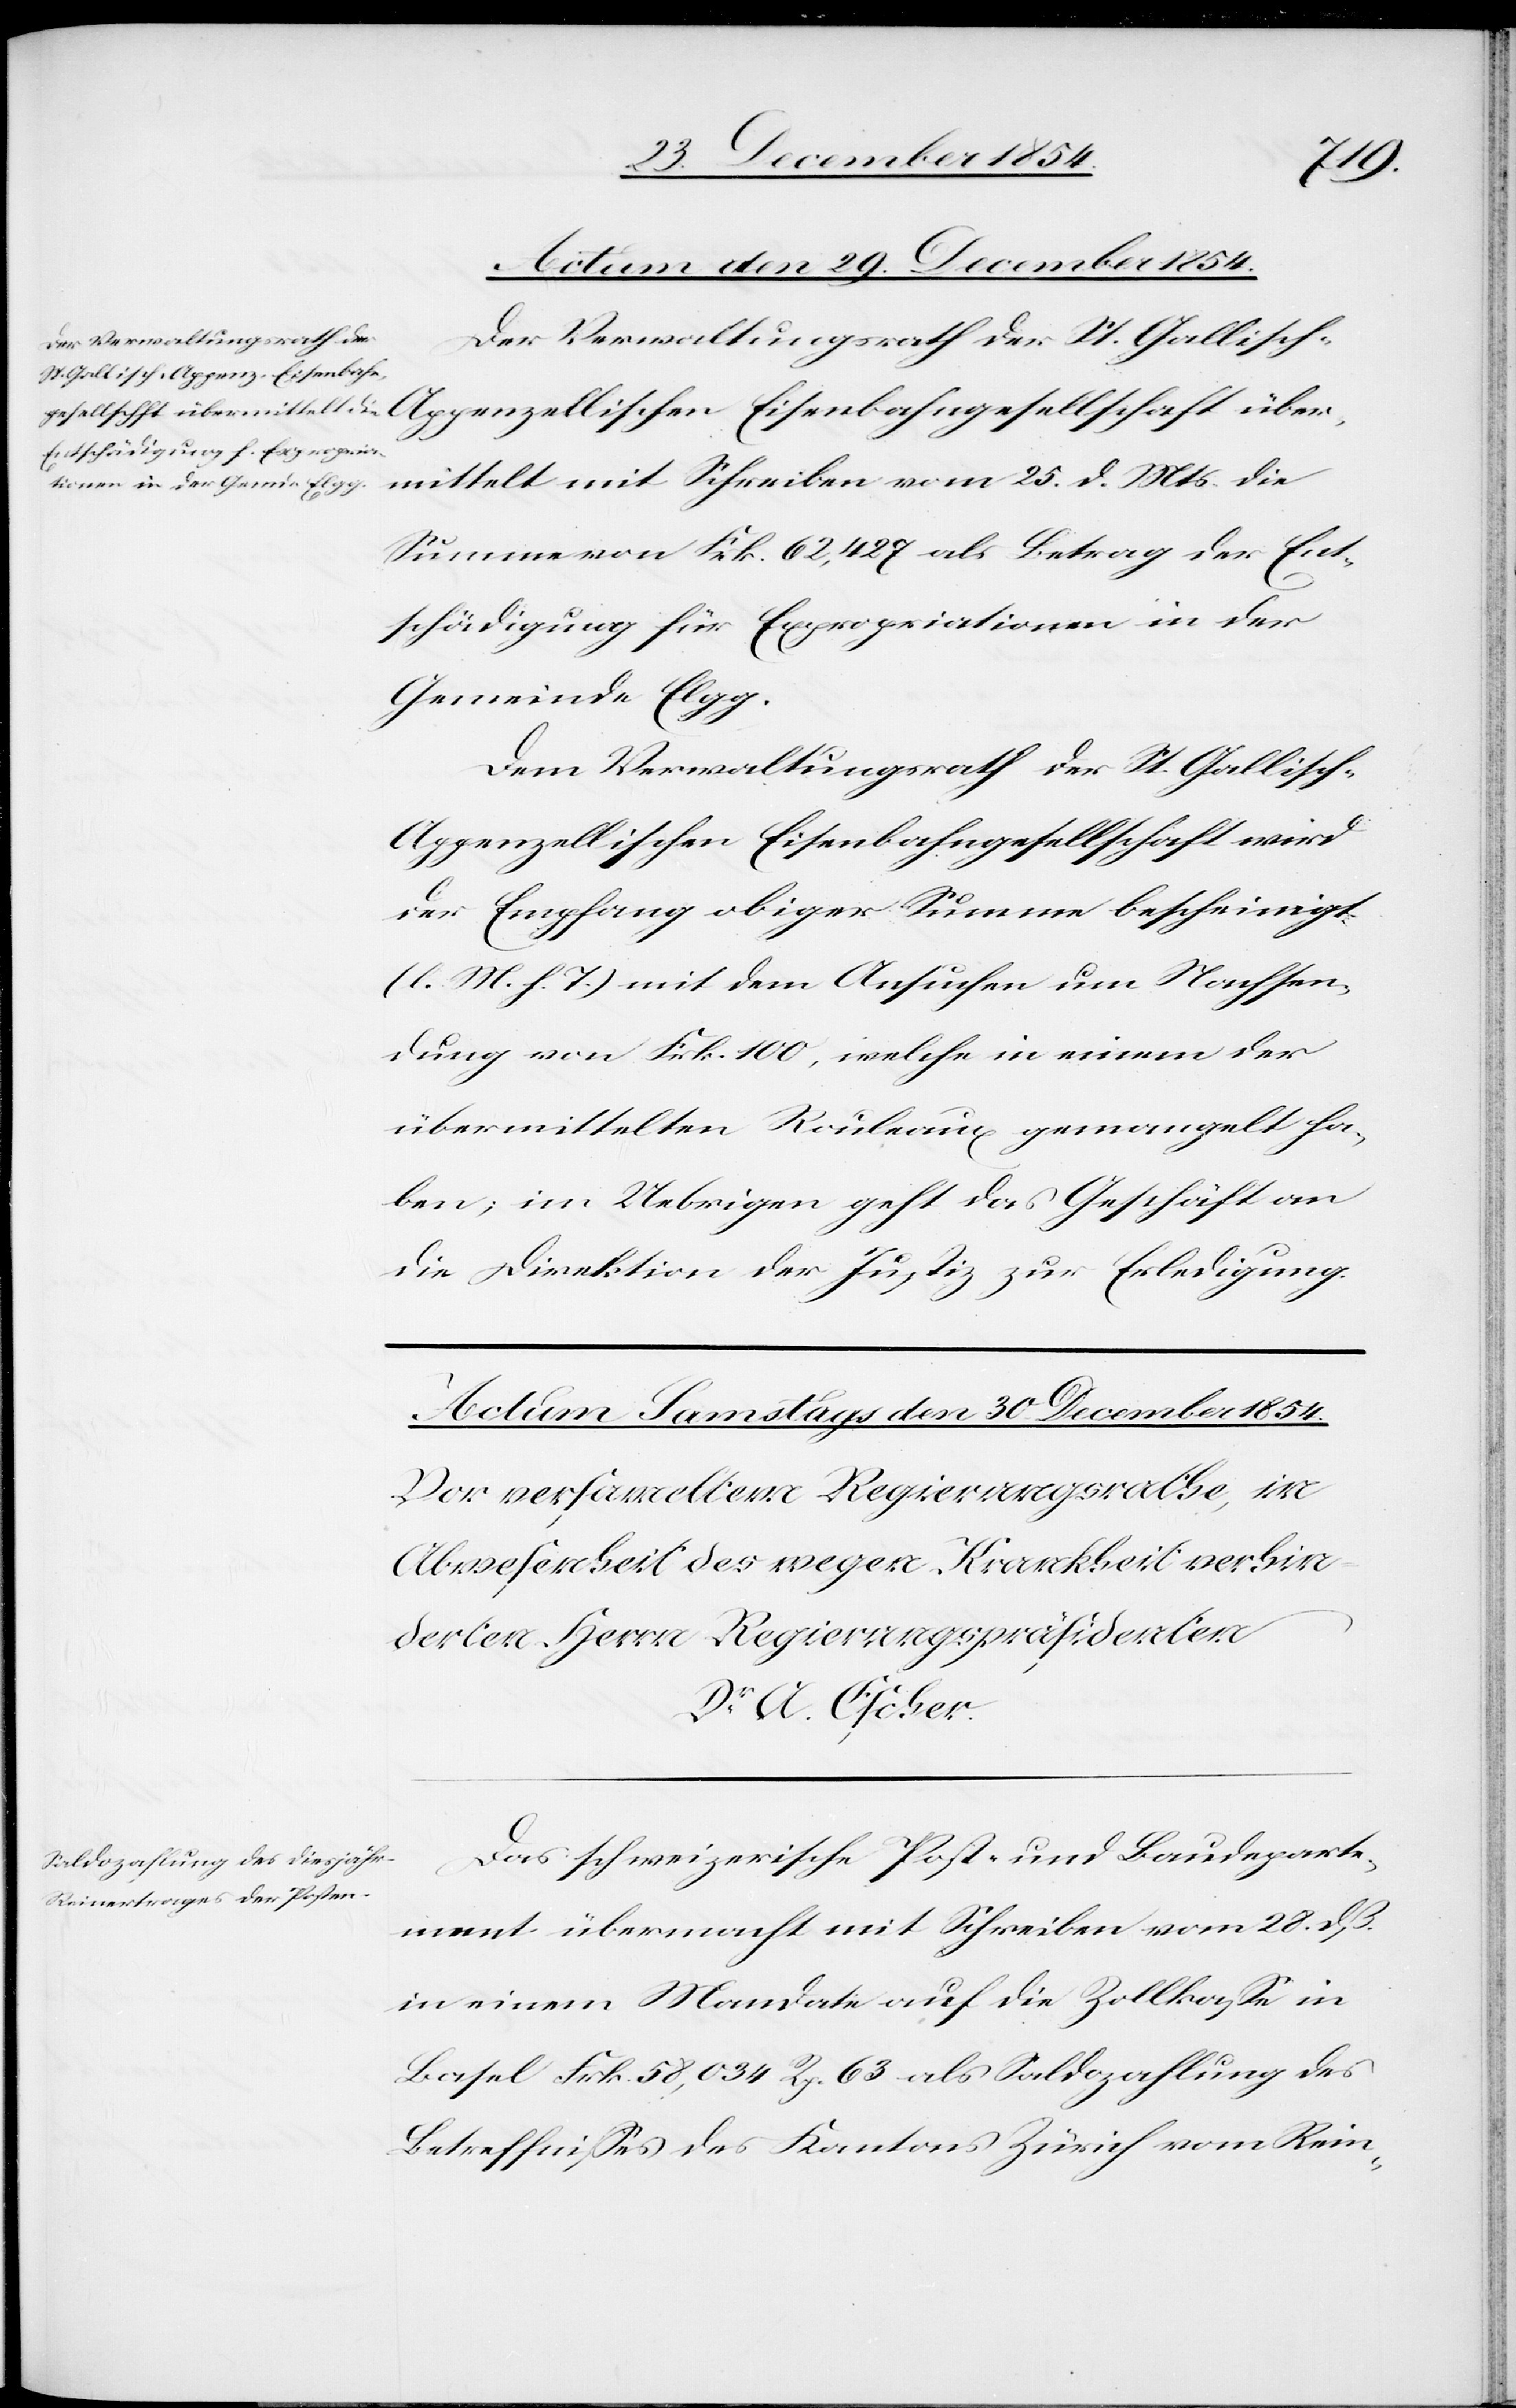
Actum den 29. December 1854.
mittelt mit Schreiben vom 25. d. Mts. die
Summe von Frk. 62,427 als Betrag der Ent¬
schädigung für Expropriationen in der
Gemeinde Elgg.
Dem Verwaltungsrath der St. Gallisch-A¬
ppenzellischen Eisenbahngesellschaft wird
der Empfang obiger Summe bescheinigt
(l. M. h. T.) mit dem Ansuchen um Nachsen¬
dung von Frk. 100, welche in einem der
übermittelten Rouleaux gemangelt ha¬
ben; im Uebrigen geht das Geschäft an
die Direktion der Justiz zur Erledigung.
Das schweizerische Post- und Baudeparte¬
ment übermacht mit Schreiben vom 28. dß.
in einem Mandate auf die Zollkaße in
Basel Frk. 58,034 Rp. 63 als Saldozahlung des
Betreffnißes des Kantons Zürich vom Rein-